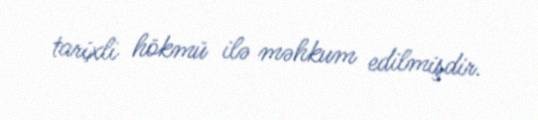
tarixli hökmü ilə məhkum edilmişdir.